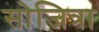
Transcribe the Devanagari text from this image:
सोजित्रा